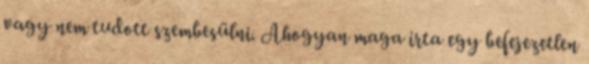
vagy nem tudott szembesülni. Ahogyan maga írta egy befejezetlen